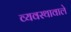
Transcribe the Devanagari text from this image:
व्यवस्थावाले